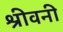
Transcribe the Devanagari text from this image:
श्रीवनी